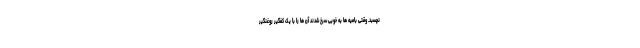
نچسبد. وقتی بامیه ها به خوبی سرخ شدند آن ها را با یک کفگیرِ روغنگیر